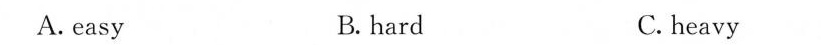
A.easy B. hard C. heavy